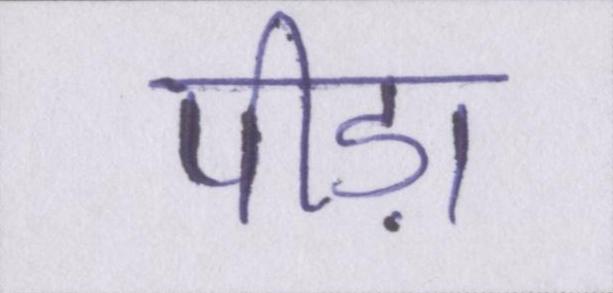
पीड़ा